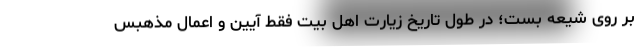
بر روی شیعه بست؛ در طول تاریخ زیارت اهل بیت فقط آیین و اعمال مذهبس